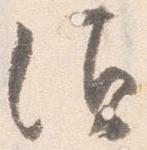
須